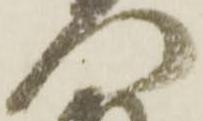
門